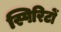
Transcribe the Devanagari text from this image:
स्पिरिटों